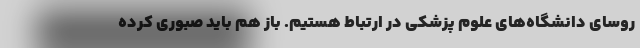
روسای دانشگاه‌های علوم پزشکی در ارتباط هستیم. باز هم باید صبوری کرده